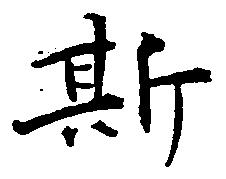
斯